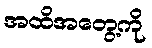
အထိအတွေ့ကို